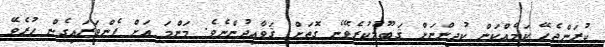
ކުރަންޖެހޭ ކަމެއްކަން ކުދިންނަށް ޤަބޫލުކުރެވޭނެ ގޮތަށް ޤަވާއިދުންނެވެ. މަންމަ އަށް ފެންވަރައިގެން ހުރެވޭ